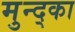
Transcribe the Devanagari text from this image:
मुन्द्का